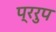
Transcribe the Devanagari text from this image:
प्ररुप